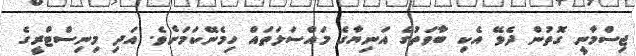
ޖިސްމާނީ ގޮތުން ދެވޭ އެކި ބާވަތުގެ އަނިޔާގެ މައްސަލަތައް ހިމެނޭކަމަށެވެ. އަދި މިނިސްޓްރީގެ